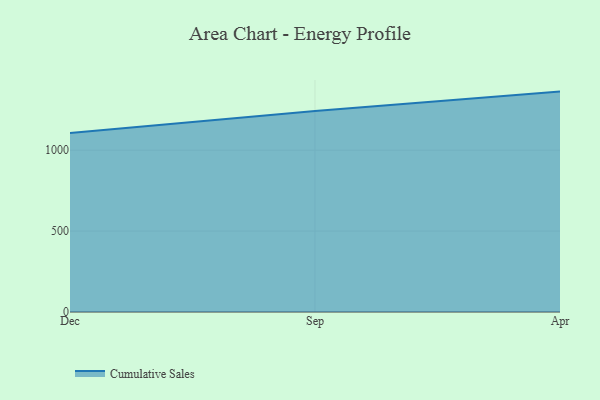
{"axis": {"x": "Month", "y": "Page Views"}, "legend": ["Cumulative Sales"], "data": [{"x": "Dec", "y": 1105.9, "type": "Cumulative Sales"}, {"x": "Sep", "y": 1242.5, "type": "Cumulative Sales"}, {"x": "Apr", "y": 1362.1, "type": "Cumulative Sales"}]}